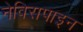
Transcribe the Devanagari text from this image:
नेविरापाइन